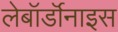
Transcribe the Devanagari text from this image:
लेबॉर्डॉनाइस